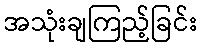
အသုံးချကြည့်ခြင်း